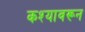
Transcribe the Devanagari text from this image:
कश्यावरून